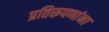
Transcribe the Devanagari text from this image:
प्रतिरूपणांना